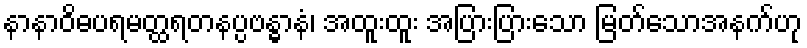
နာနာဝိဓပရမတ္ထရတနပ္ပဗန္ဓာနံ၊ အထူးထူး အပြားပြားသော မြတ်သောအနက်ဟု